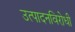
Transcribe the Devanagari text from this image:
उत्पादनविरोधी